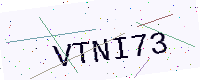
Text: VTNI73